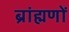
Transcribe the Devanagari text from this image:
ब्रांह्मणों